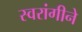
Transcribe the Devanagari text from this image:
स्वरांगीने